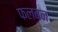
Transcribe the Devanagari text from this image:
फलबन